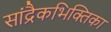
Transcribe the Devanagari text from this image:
सांद्रैकभिक्तिका